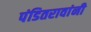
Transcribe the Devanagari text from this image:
पंडितरावांनी